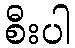
စီးပါ